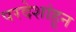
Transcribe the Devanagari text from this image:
परदेशांहून